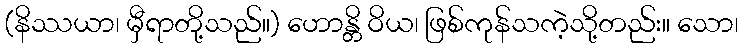
(နိဿယာ၊ မှီရာတို့သည်။) ဟောန္တိ ဝိယ၊ ဖြစ်ကုန်သကဲ့သို့တည်း။ သော၊